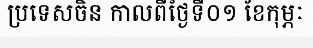
ប្រទេសចិន កាលពីថ្ងៃទី០១ ខែកុម្ភៈ